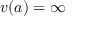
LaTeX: v ( a ) = \infty